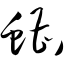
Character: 螬